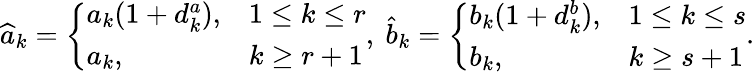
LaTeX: \widehat{a}_{k}=\left\{ \begin{array}{ll}{a_{k}(1+d_{k}^{a}),}&{1\leq k\leq r}\\ {a_{k},}&{k\geq r+1}\end{array}\right.,\ \widehat{b}_{k}=\left\{ \begin{array}{ll}{b_{k}(1+d_{k}^{b}),}&{1\leq k\leq s}\\ {b_{k},}&{k\geq s+1}\end{array}\right..